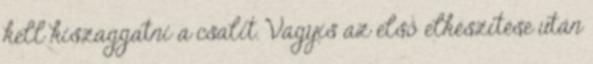
kell kiszaggatni a csalit. Vagyis az első elkészítése után